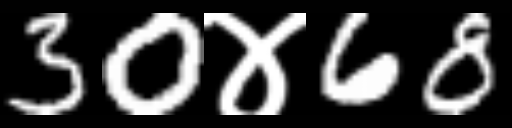
Text: 30४68